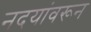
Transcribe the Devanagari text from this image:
नदयांवरून